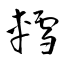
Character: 轌